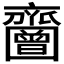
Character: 𪗐